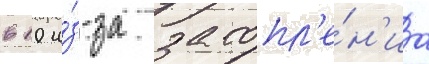
в 10 и́з-за затопл'е́н'иа